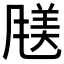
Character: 𫖿